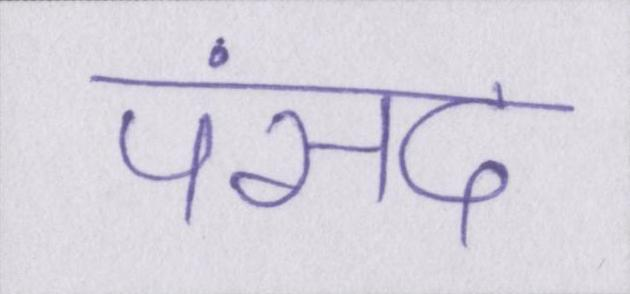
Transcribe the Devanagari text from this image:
पंसद